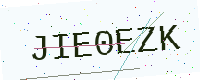
Text: JIE0EZK